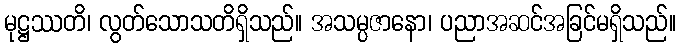
မုဋ္ဌဿတိ၊ လွတ်သောသတိရှိသည်။ အသမ္ပဇာနော၊ ပညာအဆင်အခြင်မရှိသည်။